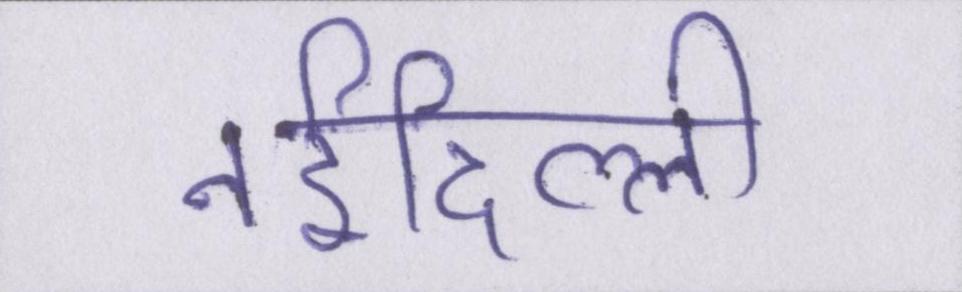
नईदिल्ली